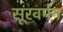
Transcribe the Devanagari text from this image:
सूरवर्मन